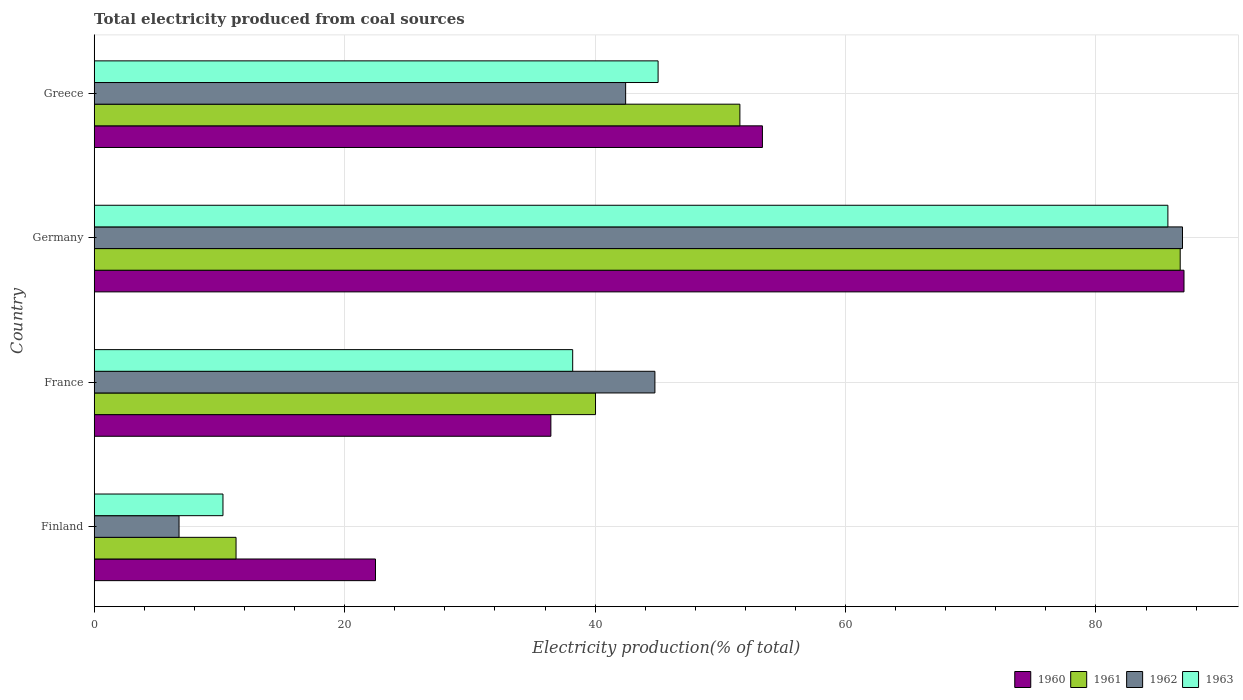
| Country | 1960 | 1961 | 1962 | 1963 |
 | --- | --- | --- | --- | --- |
 | Finland | 22.5 | 11.3 | 6.78 | 10.3 |
 | France | 36.5 | 40 | 44.8 | 38.2 |
 | Germany | 87 | 86.7 | 86.9 | 85.7 |
 | Greece | 53.4 | 51.6 | 42.4 | 45 |